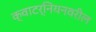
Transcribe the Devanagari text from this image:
क्वाटर्नियनवरील